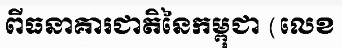
ពីធនាគារជាតិនៃកម្ពុជា (លេខ